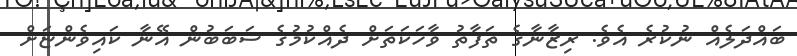
ބައްދަލެއް ނުކުރެ އެވެ. ރިޒާނާގެ ތަފާތު ވާހަކަތަށް ދެއްކުމުގެ ސަބަބުން އޭނާ ކައިވެންޏަށް